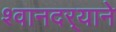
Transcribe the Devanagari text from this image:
श्वानदर्‍याने